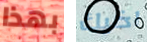
بهذا اخيك